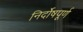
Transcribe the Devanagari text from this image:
निर्दोषपूर्ण